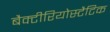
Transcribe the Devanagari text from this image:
बैक्टीरियोस्टैटिक